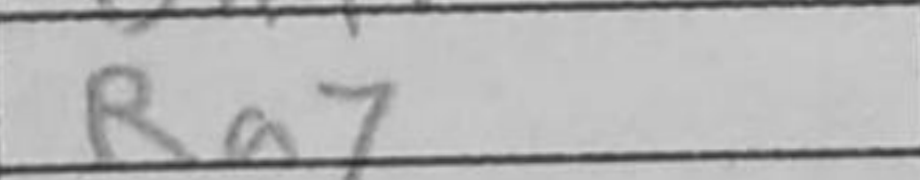
Transcription: Ra7